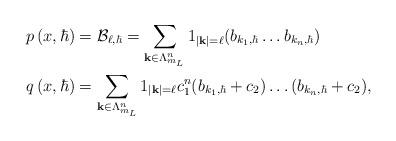
LaTeX: \begin{align*}p\left( x,\hbar\right) & =\mathcal{B}_{\ell,\hbar}=\sum_{\mathbf{k}\in\Lambda_{m_{L}}^{n}}1_{\left\vert \mathbf{k}\right\vert =\ell}(b_{k_{1},\hbar}\dots b_{k_{n},\hbar})\\q\left( x,\hbar\right) & =\sum_{\mathbf{k}\in\Lambda_{m_{L}}^{n}}1_{\left\vert \mathbf{k}\right\vert =\ell}c_{1}^{n}(b_{k_{1},\hbar}+c_{2})\dots(b_{k_{n},\hbar}+c_{2}),\end{align*}